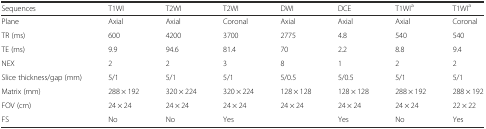
| Sequences | T1WI | T2WI | T2WI | DWI | DCE | T1WIa | T1WIa |
 | --- | --- | --- | --- | --- | --- | --- | --- |
 | Plane | Axial | Axial | Coronal | Axial | Axial | Axial | Coronal |
 | TR (ms) | 600 | 4200 | 3700 | 2775 | 4.8 | 540 | 540 |
 | TE (ms) | 9.9 | 94.6 | 81.4 | 70 | 2.2 | 8.8 | 9.4 |
 | NEX | 2 | 2 | 3 | 8 | 1 | 2 | 2 |
 | Slice thickness/gap (mm) | 5/1 | 5/1 | 5/1 | 5/0.5 | 5/0.5 | 5/1 | 5/1 |
 | Matrix (mm) | 288 × 192 | 320 × 224 | 320 × 224 | 128 × 128 | 128 × 128 | 288 × 192 | 288 × 192 |
 | FOV (cm) | 24 × 24 | 24 × 24 | 24 × 24 | 24 × 24 | 24 × 24 | 24 × 24 | 22 × 22 |
 | FS | No | No | Yes |  | Yes | No | Yes |